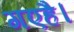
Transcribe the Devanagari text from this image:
गएहै।